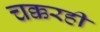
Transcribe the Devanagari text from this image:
चक्करही